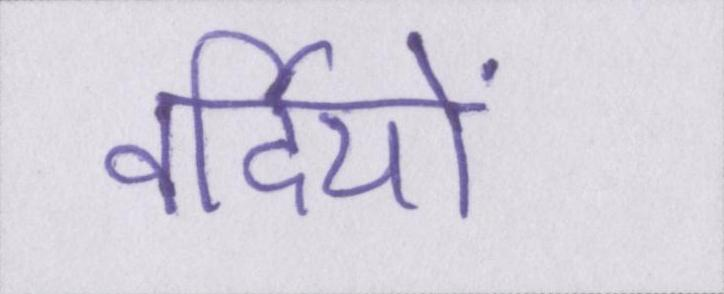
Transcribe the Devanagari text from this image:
वर्दियों